Annual report of the Bengal Veterinary College and of the Civil Veterinary Department, Bengal, for the year 1914-1915 - 1914-1915
Year: 1914
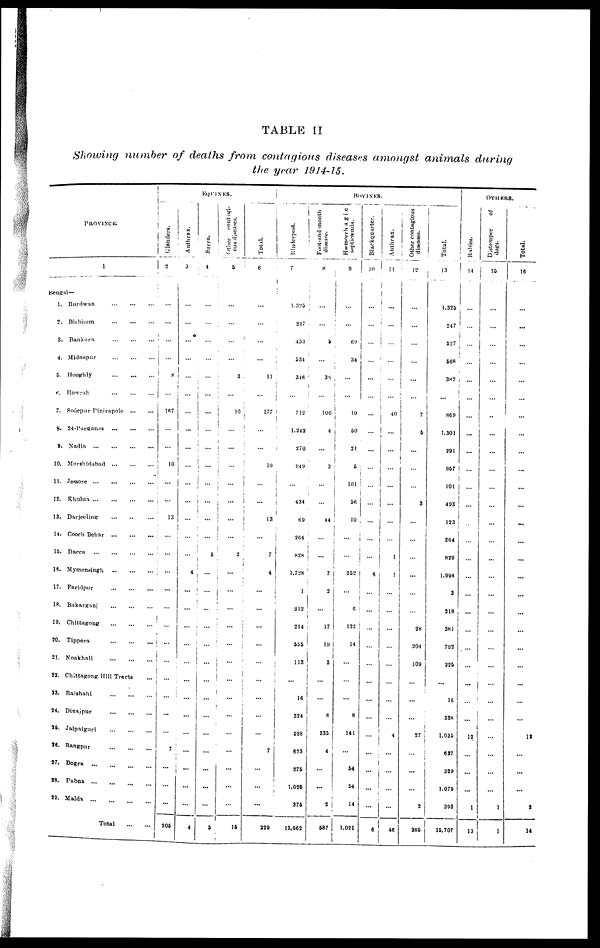
TABLE II
Showing number of deaths from contagious diseases amongst animals
during
the year 1914-15.
PROVINCE
1
Bengal—
1. Burdwan
2. Birbhum
3. Bankura
4. Midnapur
5. Hooghly ..........................
6. Howrah
7. Sodepur Pinjrapole
8.
24-Parganas
9. Nadia
10. Morshidabad
11. Jessore
12. Khulna
13.
Darjeeling
14. Cooch Behar
15. Dacca
18. Mymensingh ...................
17. Faridpur
18. Bakarganj
19. Chittagong
20. Tippera
21. Noakhali
22. Chittagong Hill Tracts ...
23. Raishahi
24. Dinajpur
25. Jalpaiguri
26. Rangpur
27. Bogra
28. Pabna
29. Malda
Total
EQUINES.
Glanders.
2
...
...
...
...
8
...
167
...
...
10
...
...
13
...
...
...
...
...
...
...
...
...
...
...
...
7
...
...
...
206
Anthrax.
3
...
...
...
...
...
...
...
...
...
...
...
...
...
...
...
4
...
...
...
...
...
...
...
...
...
...
...
...
...
4
Surra.
4
...
...
...
...
...
...
...
...
...
...
...
...
...
...
5
...
...
...
...
...
...
...
...
...
...
...
...
...
...
5
Other
contagi-
ous diseases.
5
...
...
...
...
3
...
10
...
...
...
...
...
...
...
2
...
...
...
...
...
...
...
...
...
...
...
...
...
...
15
Total.
6
...
...
...
...
11
...
177
...
...
10
...
...
13
...
7
4
...
...
...
...
...
...
...
...
...
7
...
...
...
229
BOVINES.
Rinderpest.
7
1,325
247
453
534
346
...
742
1.242
270
949
...
434
69
264
828
1,728
1
212
214
555
113
...
16
324
528
623
275
1,025
375
13,662
Foot-and-mouth
disease.
8
...
...
5
...
36
...
100
4
...
3
...
...
44
...
...
7
2
...
17
19
3
...
...
6
335
4
...
...
2
587
Hæmorrhagic
septicæmia.
9
...
...
69
34
...
...
10
50
21
5
101
56
10
...
...
252
...
6
122
14
...
...
...
8
141
...
54
54
14
1,021
Blackquarter.
10
...
...
...
...
...
...
...
...
...
...
...
...
...
...
...
6
...
...
...
...
...
...
...
...
...
...
...
...
6
Anthrax.
11
...
...
...
...
...
...
40
...
...
...
...
...
...
...
1
1
...
...
...
...
...
...
...
...
4
...
...
...
...
46
Other contagions
diseases.
12
...
...
...
...
...
...
7
5
...
...
...
3
...
...
...
...
...
...
28
204
109
...
...
...
27
...
...
...
2
385
Total.
13
1,325
247
527
568
382
...
869
1,301
291
957
101
493
123
264
829
1,994
3
218
381
792
225
...
16
338
1,035
627
329
1,079
393
15,707
OTHERS.
Rabies.
14
...
...
...
...
...
...
...
...
...
...
...
...
...
...
...
...
...
...
...
...
...
...
...
...
12
...
...
...
1
13
Distemper
of
dogs.
15
...
...
...
...
...
...
...
...
...
...
...
...
...
...
...
...
...
...
...
...
...
...
...
...
...
...
...
...
1
1
Total.
16
...
...
...
...
...
...
...
...
...
...
...
...
...
...
...
...
...
...
...
...
...
...
...
...
12
...
...
...
2
14